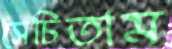
সেচিতাম